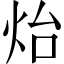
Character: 炲